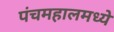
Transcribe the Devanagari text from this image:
पंचमहालमध्ये